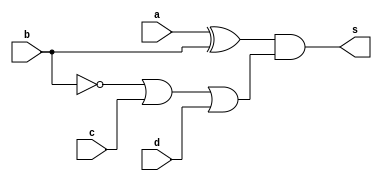
module HW1_dataflow(a, b, c, d, s);
    input a, b, c, d;
    output s;

    wire s0, s1;
    // Dataflow Level Design
    assign s0 = a ^ b;
    assign s1 = (!b) | c | d;
    assign s = s0 & s1;

endmodule